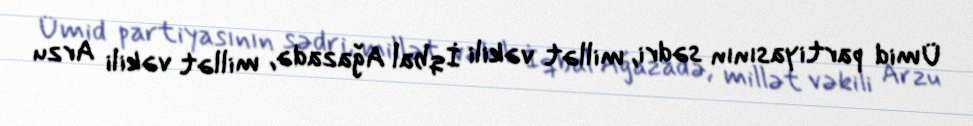
Ümid partiyasının sədri, millət vəkili İqbal Ağazadə, millət vəkili Arzu